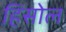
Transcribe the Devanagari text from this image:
हिंसोल